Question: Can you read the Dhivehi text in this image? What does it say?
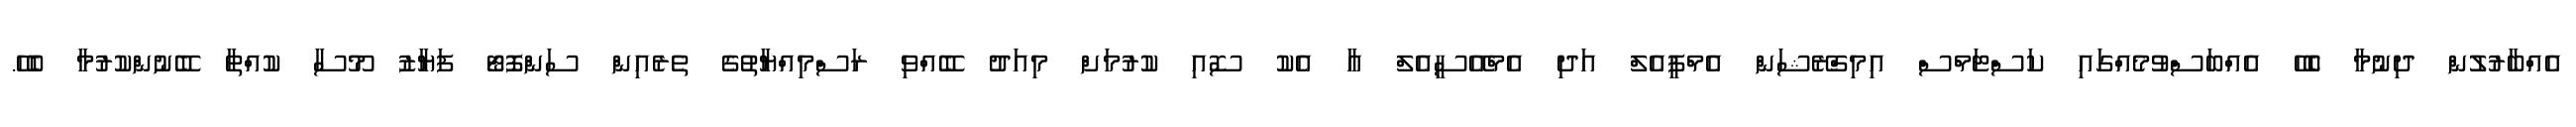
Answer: އެއްބާރުލުން ދިނުމާ ބެހޭ އެއްބަސްވުމެއްގައި ކަސްޓަމްސް އިމިގްރޭޝަން އެމްޕީއެލް އަދި އެމްއޭސީއެލް އާ އެކު ސޮއި ކުރުމަށް މިއަދު ބޭއްވި ރަސްމިއްޔާތުގެ ތެރެއިން ސަންފޮޓޯ ފަޔާޒު މޫސާ ކުއްތާ ބޭނުންކުރުމާ ބެހޭ.